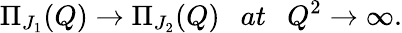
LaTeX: \Pi_{J_{1}}(Q)\rightarrow\Pi_{J_{2}}(Q)~~~at~~~Q^{2}\rightarrow\infty.